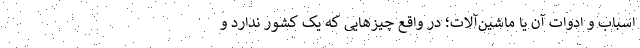
اسباب و ادوات آن یا ماشین‌آلات؛ در واقع چیزهایی که یک کشور ندارد و